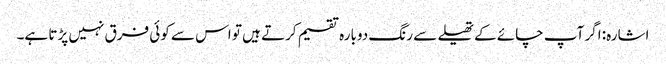
اشارہ: اگر آپ چائے کے تھیلے سے رنگ دوبارہ تقسیم کرتے ہیں تو اس سے کوئی فرق نہیں پڑتا ہے۔